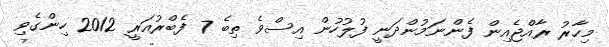
މިހާރު ރާއްޖެއިން ފެންނަމުންދަނީ ފުލުހުން އިސްވެ ތިބެ 7 ފެބްރުއަރީ 2012 ހިންގެވި